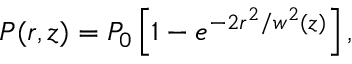
P ( r , z ) = P _ { 0 } \left[ 1 - e ^ { - 2 r ^ { 2 } / w ^ { 2 } ( z ) } \right] ,